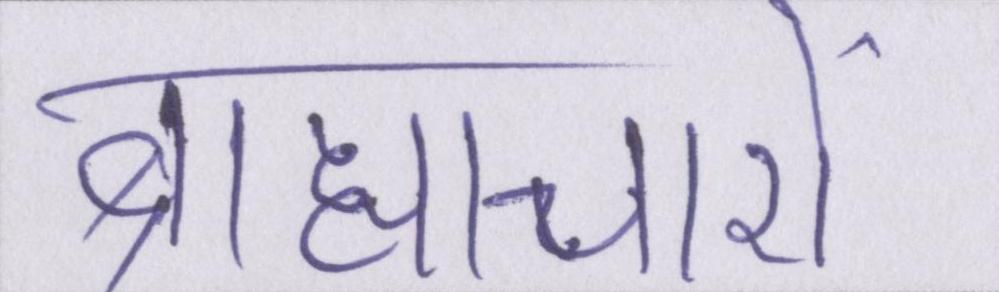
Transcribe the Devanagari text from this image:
ब्राह्याचारों